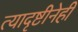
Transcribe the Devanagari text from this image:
त्यादृष्टीनेही